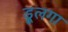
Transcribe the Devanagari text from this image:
डूलगा